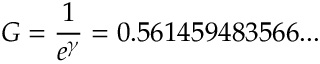
G = { \frac { 1 } { e ^ { \gamma } } } = 0 . 5 6 1 4 5 9 4 8 3 5 6 6 . . .